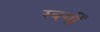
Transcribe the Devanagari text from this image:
स्वर्गीं